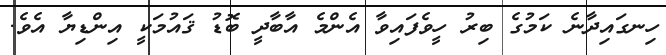
ހިނގައިދާނެ ކަމުގެ ބިރު ހީވެފައިވާ އެންމެ އާބާދީ ބޮޑު ޤައުމަކީ އިންޑިޔާ އެވެ.